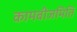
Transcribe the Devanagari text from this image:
कामबीजमिति